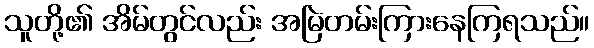
သူတို့၏ အိမ်တွင်လည်း အမြဲတမ်းကြားနေကြရသည်။